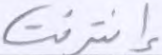
إنترنت